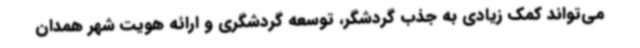
می‌تواند کمک زیادی به جذب گردشگر، توسعه گردشگری و ارائه هویت شهر همدان